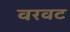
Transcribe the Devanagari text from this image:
वरवट